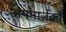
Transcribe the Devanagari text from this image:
अपमार्जकों